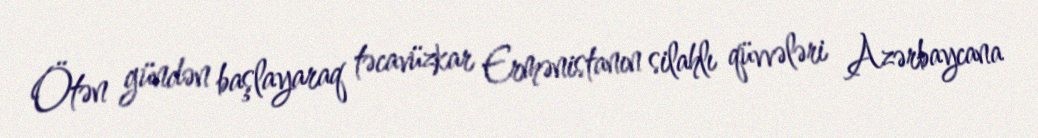
Ötən gündən başlayaraq təcavüzkar Ermənistanın silahlı qüvvələri Azərbaycana